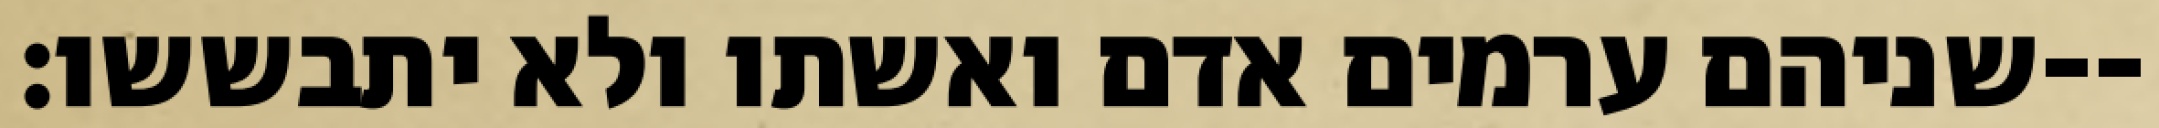
שניהם ערמים אדם ואשתו ולא יתבששו׃--